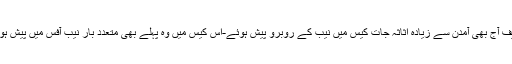
شہباز شریف آج بھی آمدن سے زیادہ اثاثہ جات کیس میں نیب کے روبرو پیش ہوئے-اس کیس میں وہ پہلے بھی متعدد بار نیب آفس میں پیش ہوچکے ہیں۔